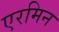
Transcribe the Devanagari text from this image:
एरमिन